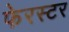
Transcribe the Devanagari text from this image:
फेरस्टर